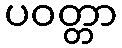
ပဝတ္တာ